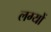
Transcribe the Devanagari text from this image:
लग्यों